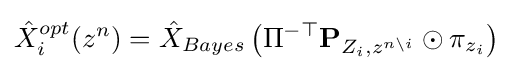
{\hat {X}}_{i}^{opt}(z^{n})={\hat {X}}_{Bayes}\left(\Pi ^{-\top }\mathbf {P} _{Z_{i},z^{n\backslash i}}\odot \pi _{z_{i}}\right)